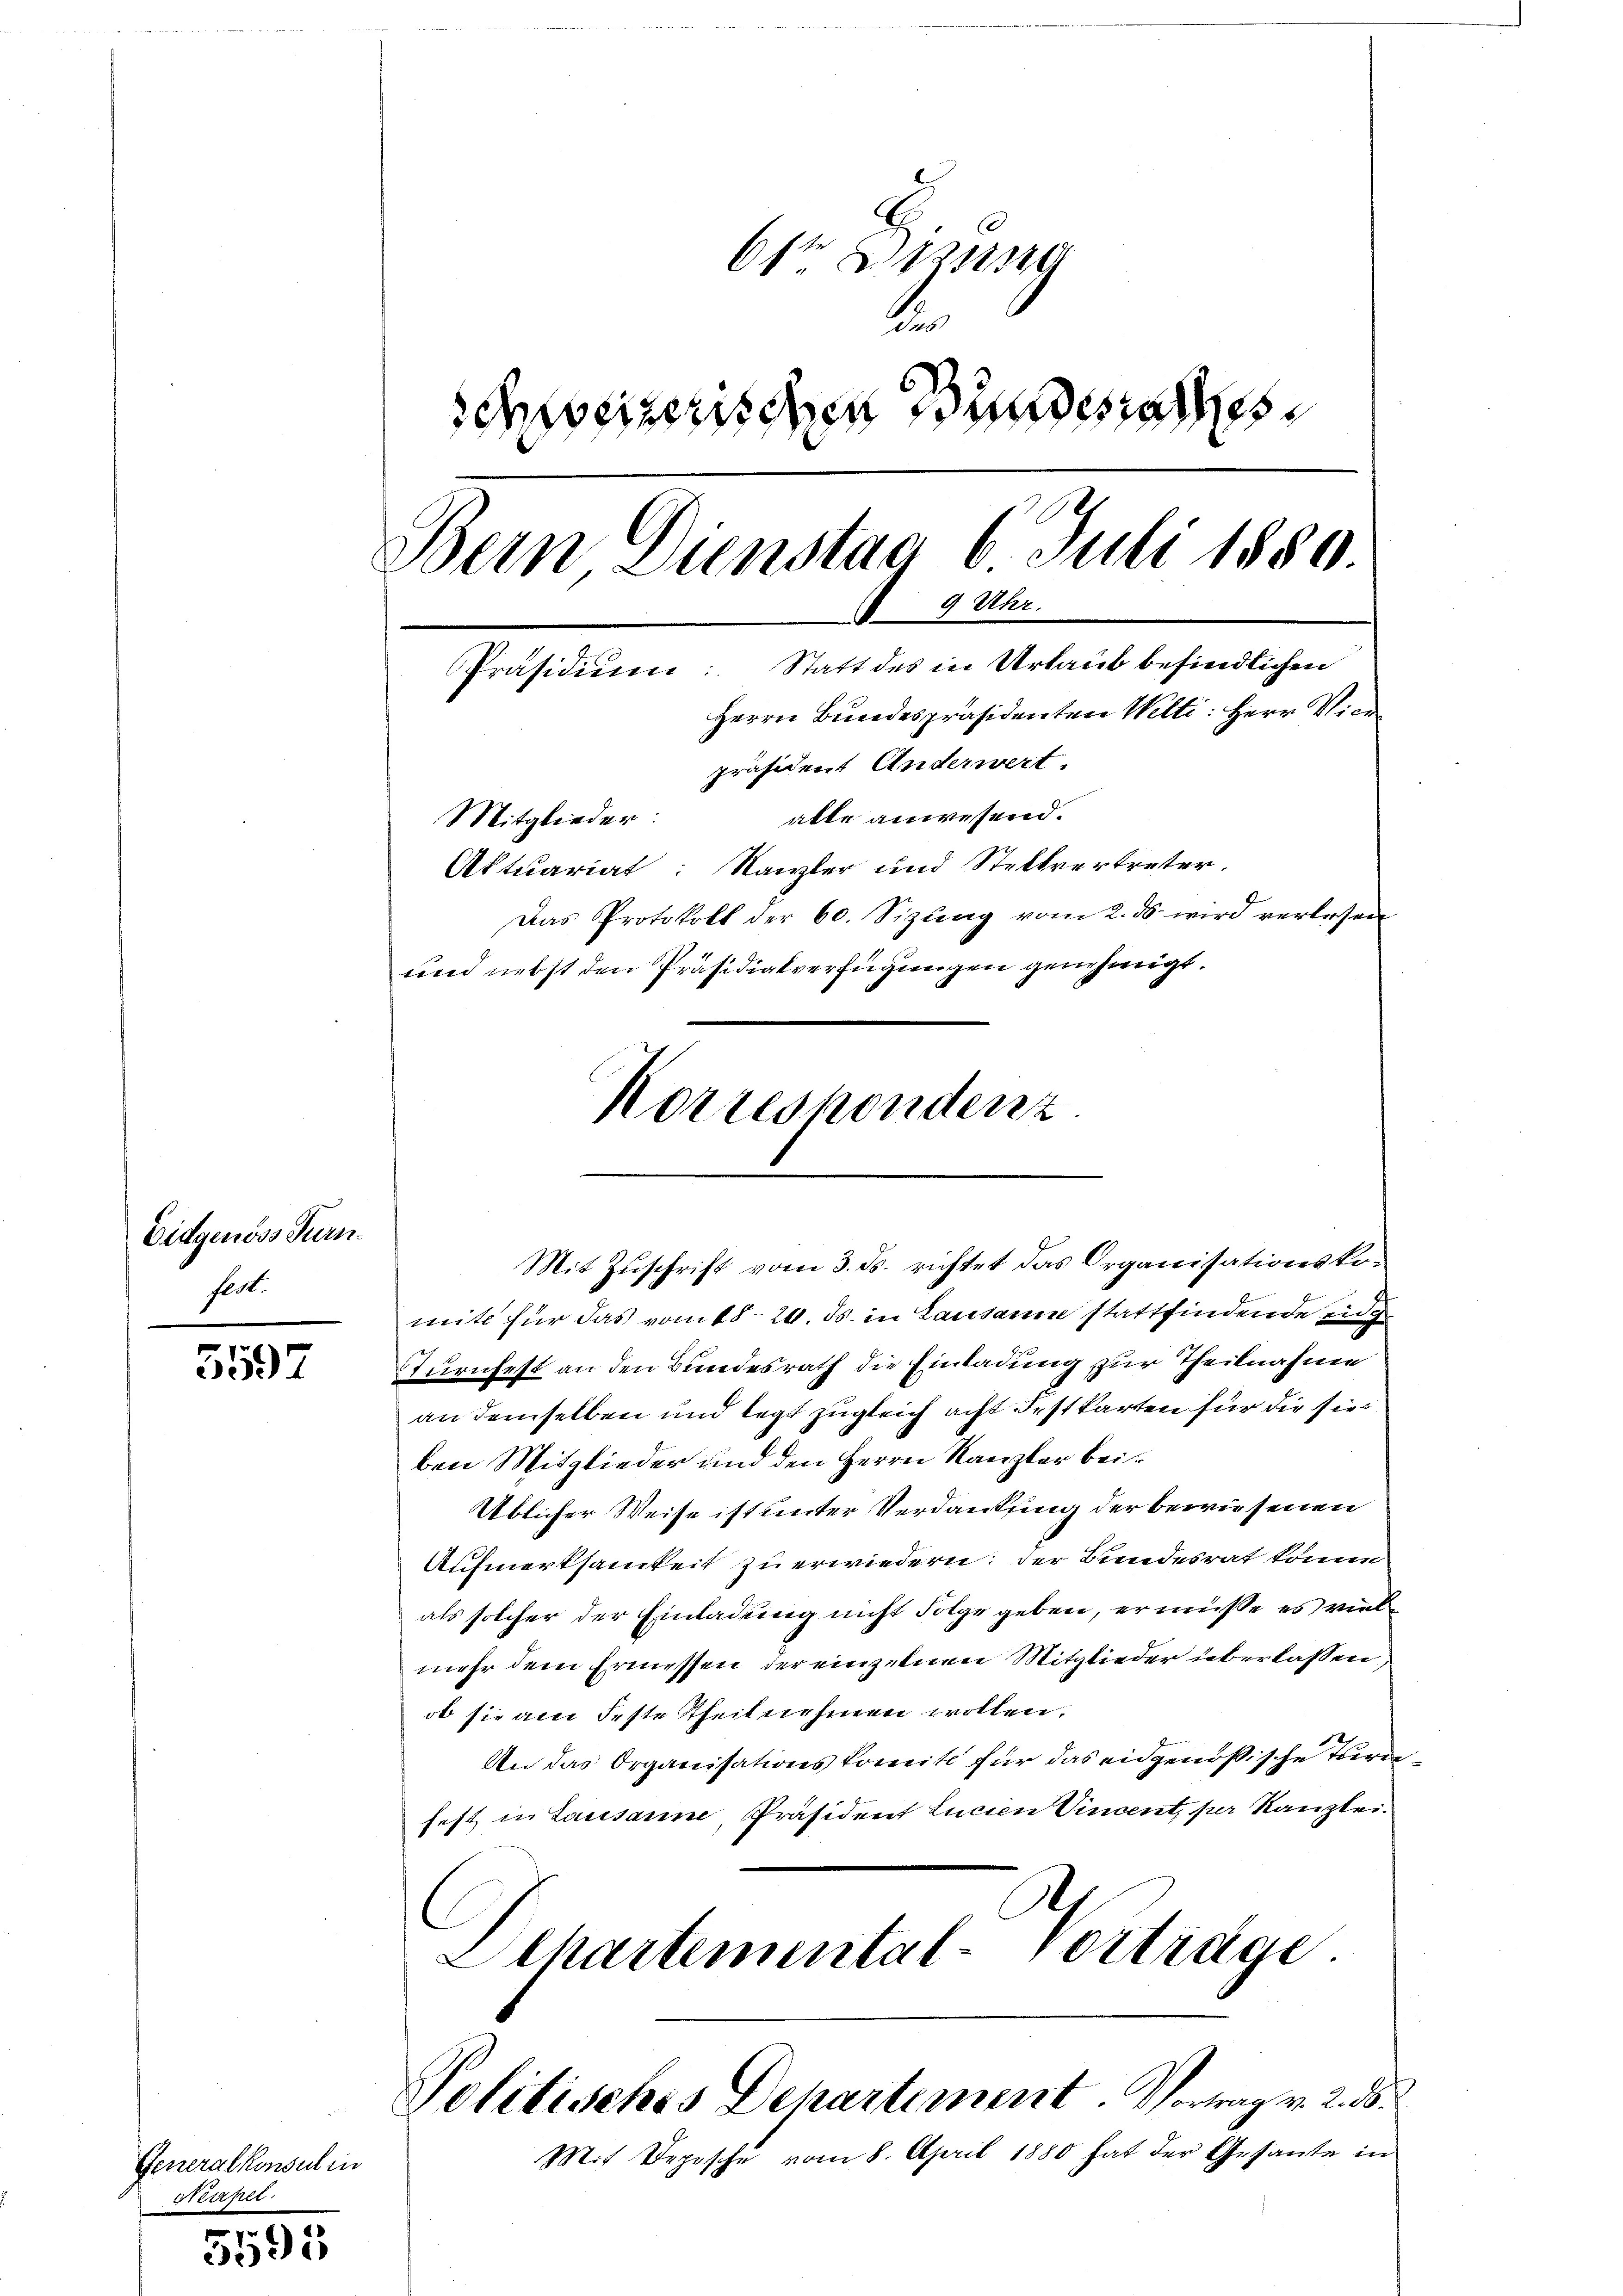
Eidgenöss Turnhert.

5597

Generalkonsul in
Steapel.

5595

Ost
e
schweizerischen Bundesrathes
Bein Dienstag 6. Juli 1880.
 9 Uhr.
Präsidium: Statt des in Urlaub befindlichen
Herrn Bundespräsidenten Welti: Herr Vier
präsident Anderwert.
alte anwesend.
Mitglieder:

Aktuariat: Kanzler und Stellvertreter.
Das Protokoll der 60. Sizŭng vom 2. ds. wird verlesen
und nebst den Präsidialverfügungen genehmigt.
mite für das vom 18. 20. ds. in Lausanne stattfindende Eidg
Turnfest an den Bundesrath die Einladung zur Theilnahme
an demselben und legt zugleich acht Festkarten für die sie
ben Mitglieder und den Herrn Kanzler bei¬
Üblicher Weise ist unter Verdankung der bewiesenen
Aufmerksamkeit zu erwiedern: der Bundesrat könne
als solcher der Einladung nicht Folge geben, er müsse es vielmehr dem Ermessen der einzelnen Mitglieder überlassen,
ob sie am Feste Theilnehmen wollen.
An das Organisationskomité für das eidgenößische Terne
fest in Lausanne, Präsident Lucien Vincent, per Kanzlei.
6
Echartemental-Vorträge.
Politisches Departement. Vortrag v. 2. ds.
Mit Depesche vom 8. April 1880 hat der Gesante in

Korrespondenz
Mit Zuschrift vom 3. ds. richtet das Organisationsko¬